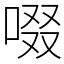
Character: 啜